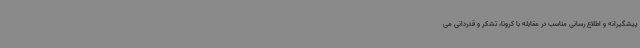
پیشگیرانه و اطلاع رسانی مناسب در مقابله با کرونا، تشکر و قدردانی می